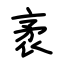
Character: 袤